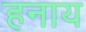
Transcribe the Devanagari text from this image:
हनाय